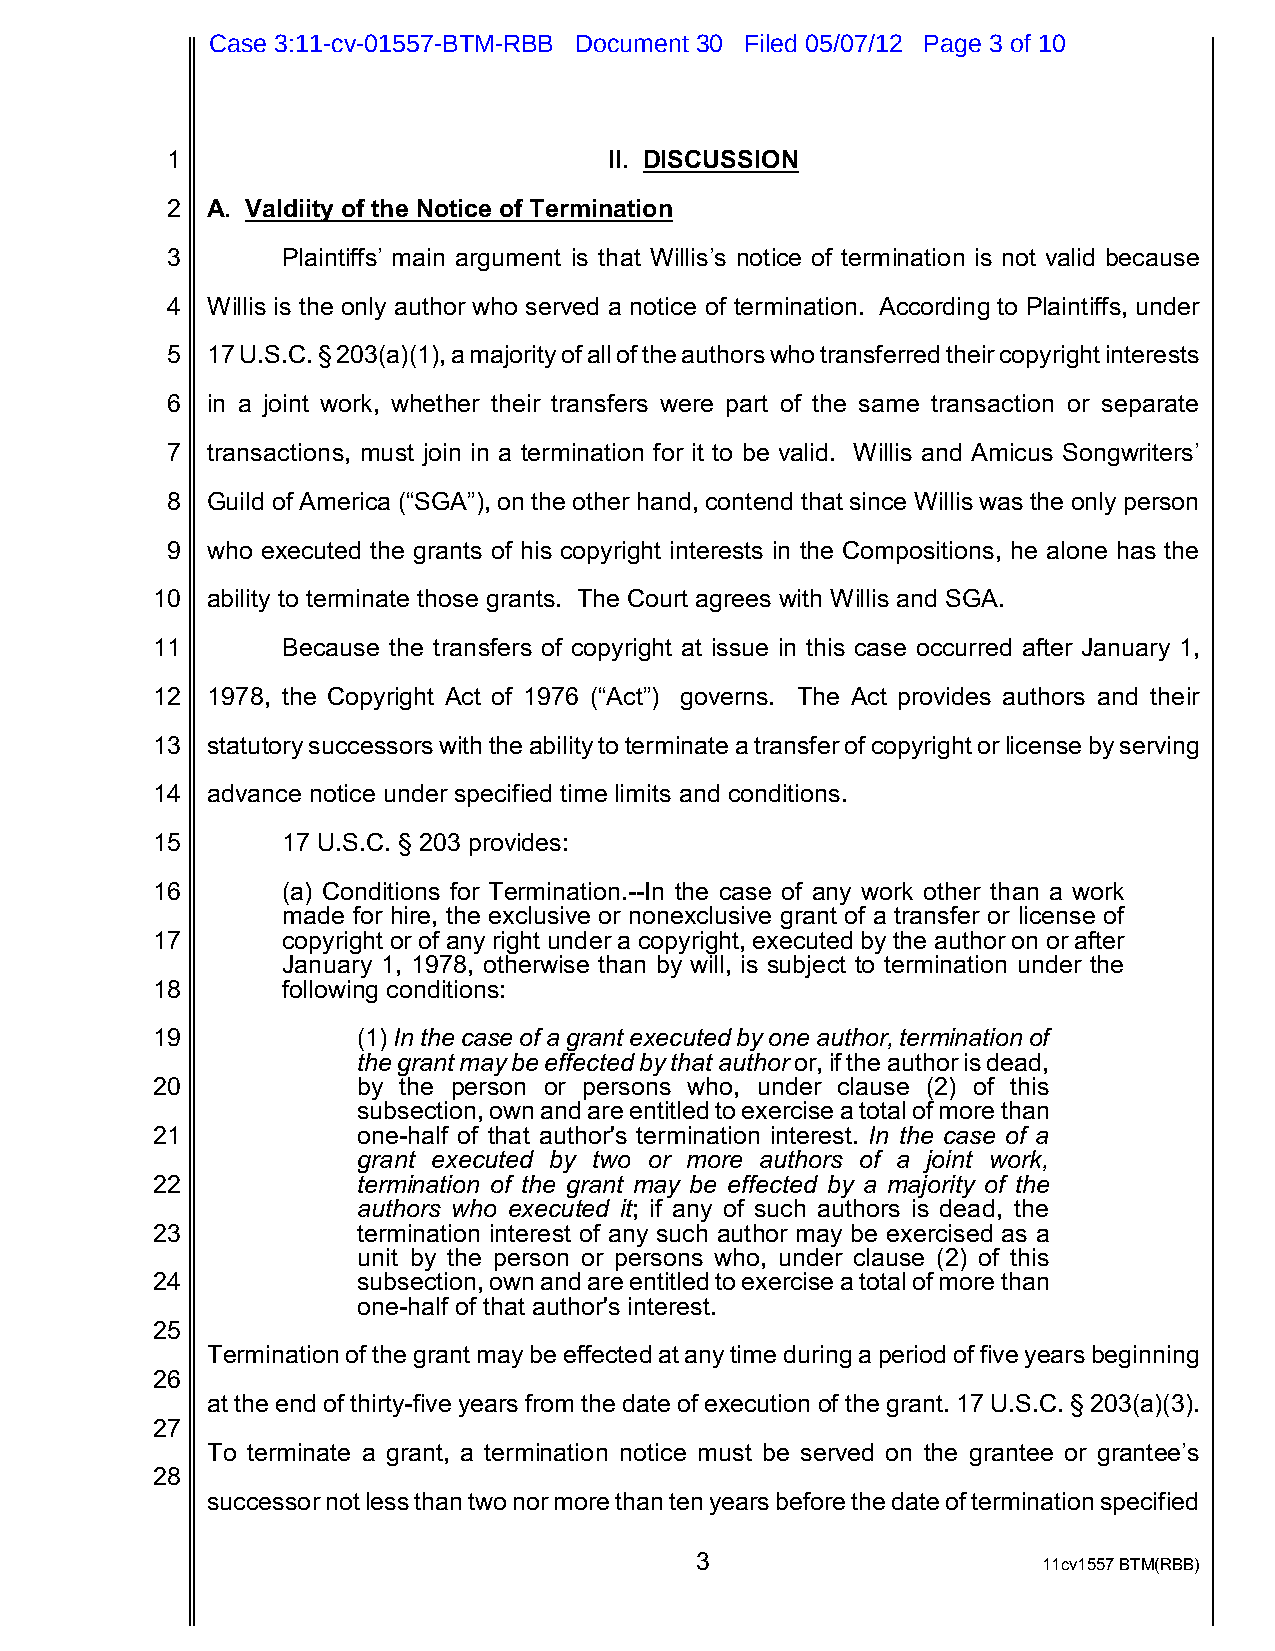
Case 3:11-cv-01557-BTM-RBB Document 30 Filed 05/07/12 Page 3 of 10
 1                            II. DISCUSSION
 2  A. Valdiity of the Notice of Termination
 3       Plaintiffs’ main argument is that Willis’s notice of termination is not valid because
 4  Willis is the only author who served a notice of termination. According to Plaintiffs, under
 5  17 U.S.C. § 203(a)(1), a majority of all of the authors who transferred their copyright interests
 6  in a joint work, whether their transfers were part of the same transaction or separate
 7  transactions, must join in a termination for it to be valid. Willis and Amicus Songwriters’
 8  Guild of America (“SGA”), on the other hand, contend that since Willis was the only person
 9  who executed the grants of his copyright interests in the Compositions, he alone has the
 10  ability to terminate those grants. The Court agrees with Willis and SGA.
 11       Because the transfers of copyright at issue in this case occurred after January 1,
 12  1978, the Copyright Act of 1976 (“Act”) governs. The Act provides authors and their
 13  statutory successors with the ability to terminate a transfer of copyright or license by serving
 14  advance notice under specified time limits and conditions.
 15       17 U.S.C. § 203 provides:
 16       (a) Conditions for Termination.--In the case of any work other than a work
 made for hire, the exclusive or nonexclusive grant of a transfer or license of
 17       copyright or of any right under a copyright, executed by the author on or after
 January 1, 1978, otherwise than by will, is subject to termination under the
 18       following conditions:
 19            (1) In the case of a grant executed by one author, termination of
 the grant may be effected by that author or, if the author is dead,
 20            by the person or persons who, under clause (2) of this
 subsection, own and are entitled to exercise a total of more than
 21            one-half of that author's termination interest. In the case of a
 grant executed by two or more authors of a joint work,
 22            termination of the grant may be effected by a majority of the
 authors who executed it; if any of such authors is dead, the
 23            termination interest of any such author may be exercised as a
 unit by the person or persons who, under clause (2) of this
 24            subsection, own and are entitled to exercise a total of more than
 one-half of that author's interest.
 25
 Termination of the grant may be effected at any time during a period of five years beginning
 26
 at the end of thirty-five years from the date of execution of the grant. 17 U.S.C. § 203(a)(3).
 27
 To terminate a grant, a termination notice must be served on the grantee or grantee’s
 28
 successor not less than two nor more than ten years before the date of termination specified
 3                      11cv1557 BTM(RBB)